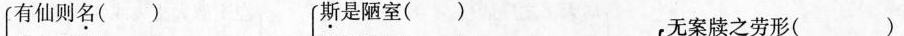
有仙则名（ ）斯是陋室（ ）无案牍之劳形（ ）